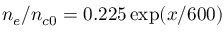
n _ { e } / n _ { c 0 } = 0 . 2 2 5 \exp ( x / 6 0 0 )